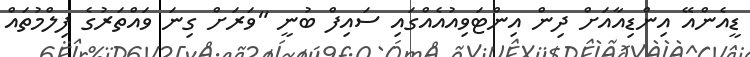
ޑީއެންއޭ އިންޑިއާއަށް ދިން އިންޓަވިއުއެއްގައި ސައިފް ބުނީ "ވަރަށް ގިނަ ވައްތަރުގެ ފިލްމުތައް